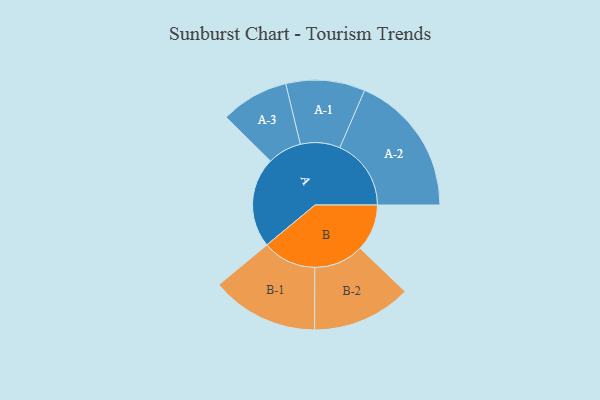
{"axis": {"x": "Segment", "y": "Value"}, "legend": ["", "A", "B"], "data": [{"x": "A", "y": 358, "type": ""}, {"x": "B", "y": 186, "type": ""}, {"x": "A-1", "y": 157, "type": "A"}, {"x": "A-2", "y": 283, "type": "A"}, {"x": "A-3", "y": 135, "type": "A"}, {"x": "B-1", "y": 213, "type": "B"}, {"x": "B-2", "y": 197, "type": "B"}]}